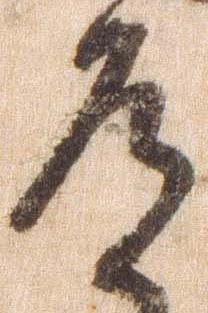
道